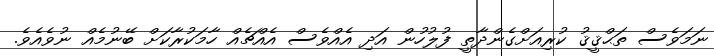
ނަމަވެސް ތަޙްޤީޤު ކުރިއަށްގެންދާތީ ފުލުހުން އަދި އެއްވެސް އެއްޗެއް ހާމަކުރާކަށް ބޭނުމެއް ނުވެއެވެ.